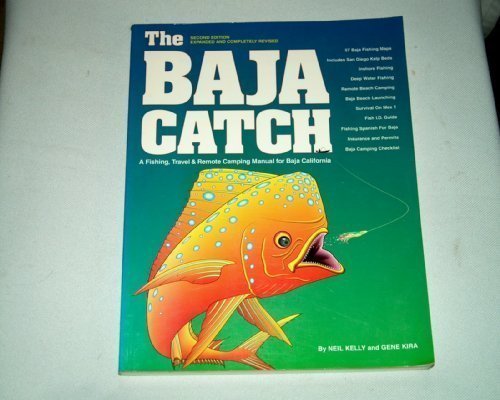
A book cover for The Baja Catch: A Fishing, Travel & Remote Camping Manual for Baja California; Neil Kelly; Travel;